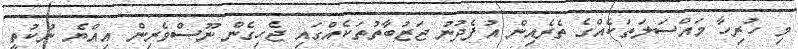
މި ހުރިހާ މައްސަލަތަކެއްގެ ތެރެއިން އުފެދުނު ޖަޒުބާތުތަކެއްގައި ޖެހިގެން ނޫސްވެރިން އިއްޔެ ނުކުތީ